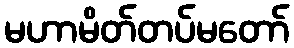
မဟာမိတ်တပ်မတော်